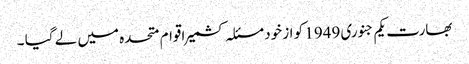
بھارت یکم جنوری 1949 کو از خود مسئلہ کشمیر اقوام متحدہ میں لے گیا ۔